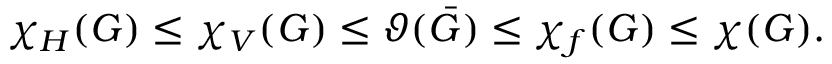
\chi _ { H } ( G ) \leq \chi _ { V } ( G ) \leq \vartheta ( { \bar { G } } ) \leq \chi _ { f } ( G ) \leq \chi ( G ) .